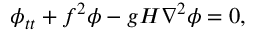
\phi _ { t t } + f ^ { 2 } \phi - g H \nabla ^ { 2 } \phi = 0 ,